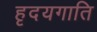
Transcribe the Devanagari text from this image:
हृदयगाति